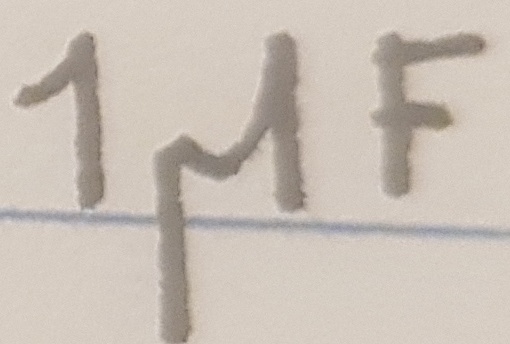
Text: 1µF